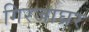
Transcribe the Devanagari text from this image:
गिरजाघ्रर